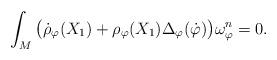
LaTeX: \begin{align*}\int_M \big(\dot\rho_{\varphi}(X_1)+ \rho_{\varphi}(X_1)\Delta_\varphi(\dot\varphi)\big)\omega_{\varphi}^n =0.\end{align*}